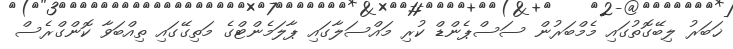
ޚަބަރު ލިބޭގޮތުގައި މެމްބަރުން ސަސްޕެންޑް ކުރި މައްސަލާގައި ޕާލަމެންޓްގެ މަތިގޭގައި ތިއްބަވާ ކޮންގްރެސް